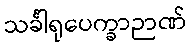
သင်္ခါရုပေက္ခာဉာဏ်